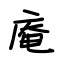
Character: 庵